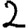
Digit: 2